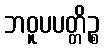
ဘဝူပပတ္တိဉ္စ